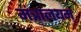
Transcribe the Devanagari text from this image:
मंत्रालयम्